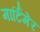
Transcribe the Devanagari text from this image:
मार्टिमेर